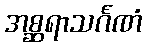
အစ္ဆရာသင်္ဂဏံ